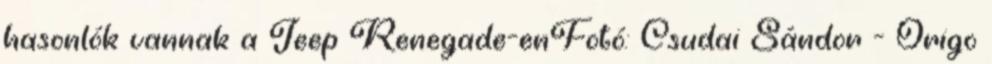
hasonlók vannak a Jeep Renegade-enFotó: Csudai Sándor - Origo